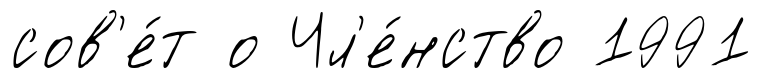
сов'е́т о Чл'е́нство 1991